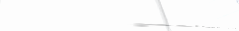
توصيل طلباتكم من المطاعم